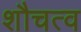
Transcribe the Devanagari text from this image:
शौचत्व